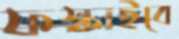
ফস্‌কাইবে